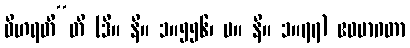
ဝိဟရတီ”တိ (ဒီ။ နိ။ ၁။၅၅၆၊ မ။ နိ။ ၁။၇၇) ဧဝမာဂတာ